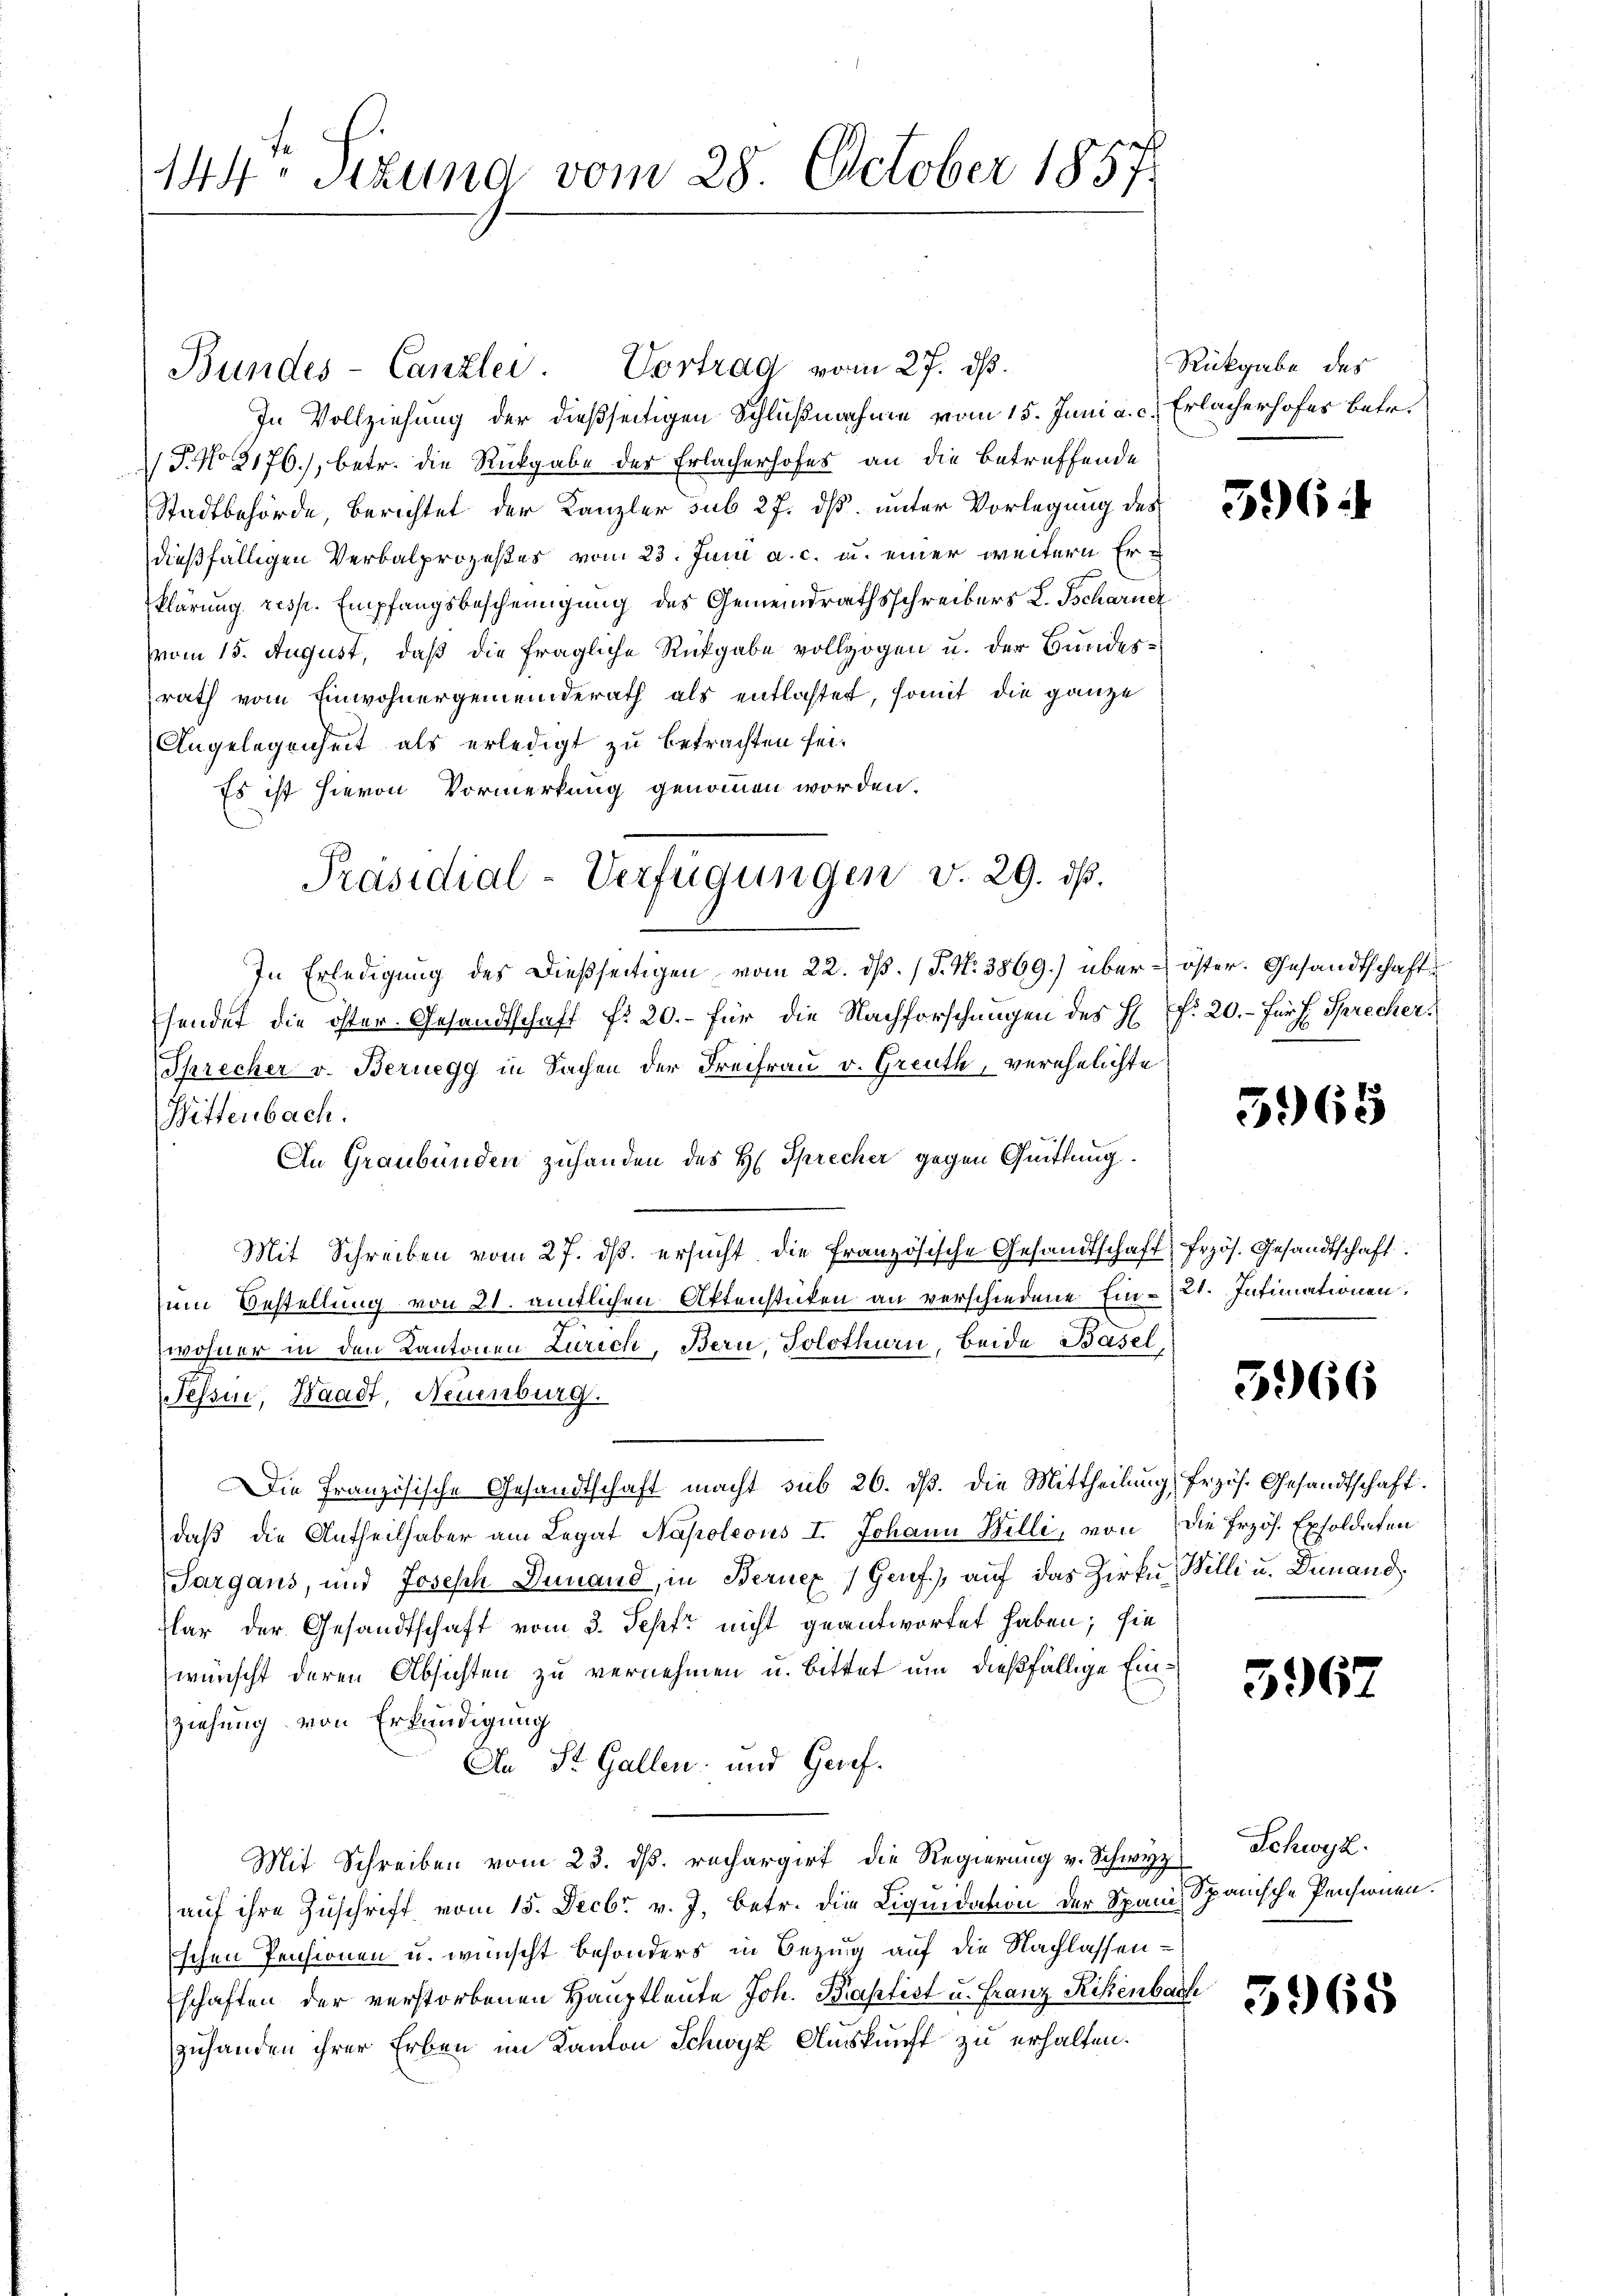
144. Sitzung vom 28. October 1857.

Bundes-Canzlei. Vortrag vom 27. ds.
In Vollziehung der dießseitigen Schlußnahme vom 15. Juni a. c.) Erlacherhofes betr.
 P. No 3176), betr. die Rückgabe der Erlacherhofes an die betreffende
Stadtbehörde, berichtet der Kanzler sub 27. dß unter Vorlegung des
dießfälligen Verbalprozeßes vom 23. Juni a. c. u. einer weitern Erklärung resp. Empfangsbescheinigung des Gemeindrathsschreibers L. Tscharner
vom 15. August, daß die fragliche Rückgabe vollzogen u. der Bundesrath vom Einwohnergemeinderath als entlastet, somit die ganze
Angelegenheit als erledigt zu betrachten sei.
Es ist hievon Vormerkung genommen worden.
In Erledigung des Dießseitigen vom 22. ds. (T. N. 3869.) über - öster. Gesandtschafte
sendet die öster Gesandtschaft f. 20.- für die Nachforschungen des H. f. 20.- für J. Sprecher,
Sprecher v. Bernegg in Sachen der Freifrau v. Greuth, verehelichte
Wittenbach.
An Graubünden zuhanden des H. Sprecher gegen Quittung.
Mit Schreiben vom 27. dβ. ersŭcht die französische Gesandtschaft, frzös. Gesandtschaft.
um Bestellung von 21. amtlichen Aktenstücken an verschiedene Ein-21. Intimationen,
wohner in den Kantonen Zürich, Bern, Solothurn, Beide Basel,
Tessin, Waadt, Neuenburg.
Die Französische Gesandtschaft macht sub 26. dβ. Die Mittheilung frzös. Gesandtschaft.
daβ die Antheilhaber am Legat Napoleons I. Johann Willi, von die Erzöh. Exsoldaten
Sargaus, und Joseph Finand, in Berner Genf), auf das Zirke Willi u. Dunand
lar der Gesandtschaft vom 3. Sept nicht geantwortet haben; sie
wünscht deren Absichten zu vernehmen u. bittet um dießfällige Einziehung von Erkundigung
An St. Gallen- und Geref¬
Mit Schreiben vom 23. ds. rechargirt die Regierung v. Schwyz Schwyz.
auf ihre Zuschrift vom 15. Decbr v. J. betr. die Liquidation der Spanis Spanische Pensionen.
Eschen Pensionen u. wünscht besonders in Bezug auf die Nachlassenschaften der verstorbenen Hauptleute Joh. Kastist u. Franz Rikenbach
zuhanden ihrer Erben im Kanton Schwyz Auskunft zu erhalten.

Präsidial-Verfügungen v. 29. ds.

Rückgabe des

396

5965

5966

5962

3968